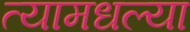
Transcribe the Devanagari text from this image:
त्यामधल्या